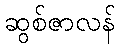
ဆွစ်ဇာလန်